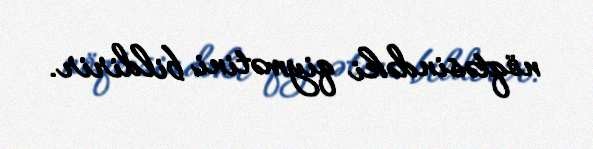
nöqtəsindəki qiymətini bildirir.